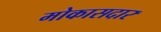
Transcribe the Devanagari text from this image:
मोकासदार